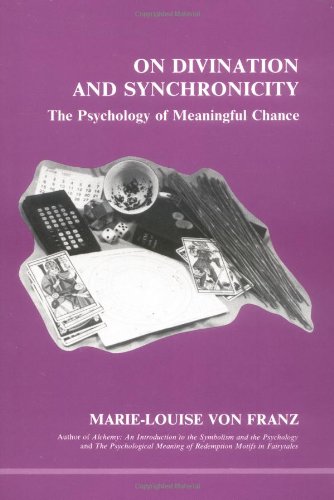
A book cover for On Divination and Synchronicity: The Psychology of Meaningful Chance (Studies in Jungian Psychology); Marie-Louise von Franz; Politics & Social Sciences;